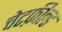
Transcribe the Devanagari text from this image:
चेटफ़ील्ड